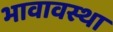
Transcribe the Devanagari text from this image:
भावावस्था